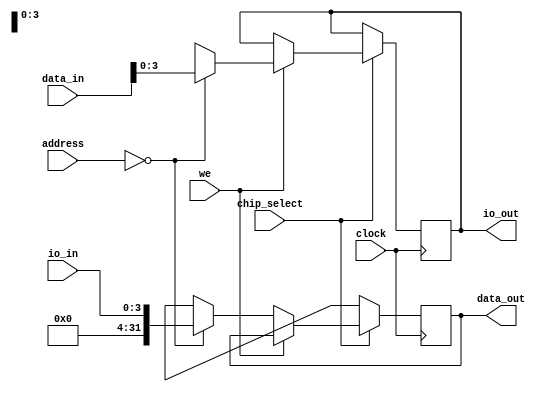
module io_controller(output reg [31:0] data_out, output reg [3:0] io_out, input [31:0] data_in, input [4:0] address, input [3:0] io_in, input chip_select, we, clock);
    always @(posedge clock) begin
        // Only do stuff when this chip is selected
        if (chip_select) begin
            // If write enabled is set, then write to io_out, otherwise read from io_in
            if (we) begin
                // Switch the address value
                case (address)
                    // Write to LEDs
                    4'b0000: begin
                        io_out <= data_in[3:0];
                    end

                    default: io_out <= 4'dx;
                endcase
            end
            else begin
                // Switch the address value
                case (address)
                    // Read from switches
                    4'b0000: begin
                        data_out <= {28'd0, io_in};
                    end

                    default: data_out <= 32'bx;
                endcase
            end
        end
        else begin
            // data_out is high impedance state when not selected
            data_out <= 32'bx;
        end
    end
endmodule